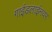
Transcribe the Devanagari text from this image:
गाईडलाईनवर